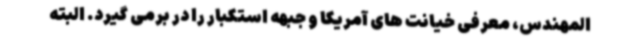
المهندس، معرفی خیانت های آمریکا و جبهه استکبار را در برمی گیرد. البته